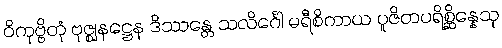
ဝိကုဗ္ဗိတုံ ဗုဇ္ဈနဋ္ဌေန ဒိဿန္တေ သလိင်္ဂေါ မရီစိကာယ ပူဇိတပရိစ္ဆိန္နေသု